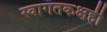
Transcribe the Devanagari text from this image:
स्वागतकक्षही